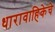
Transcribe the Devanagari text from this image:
धारावाहिकेचे